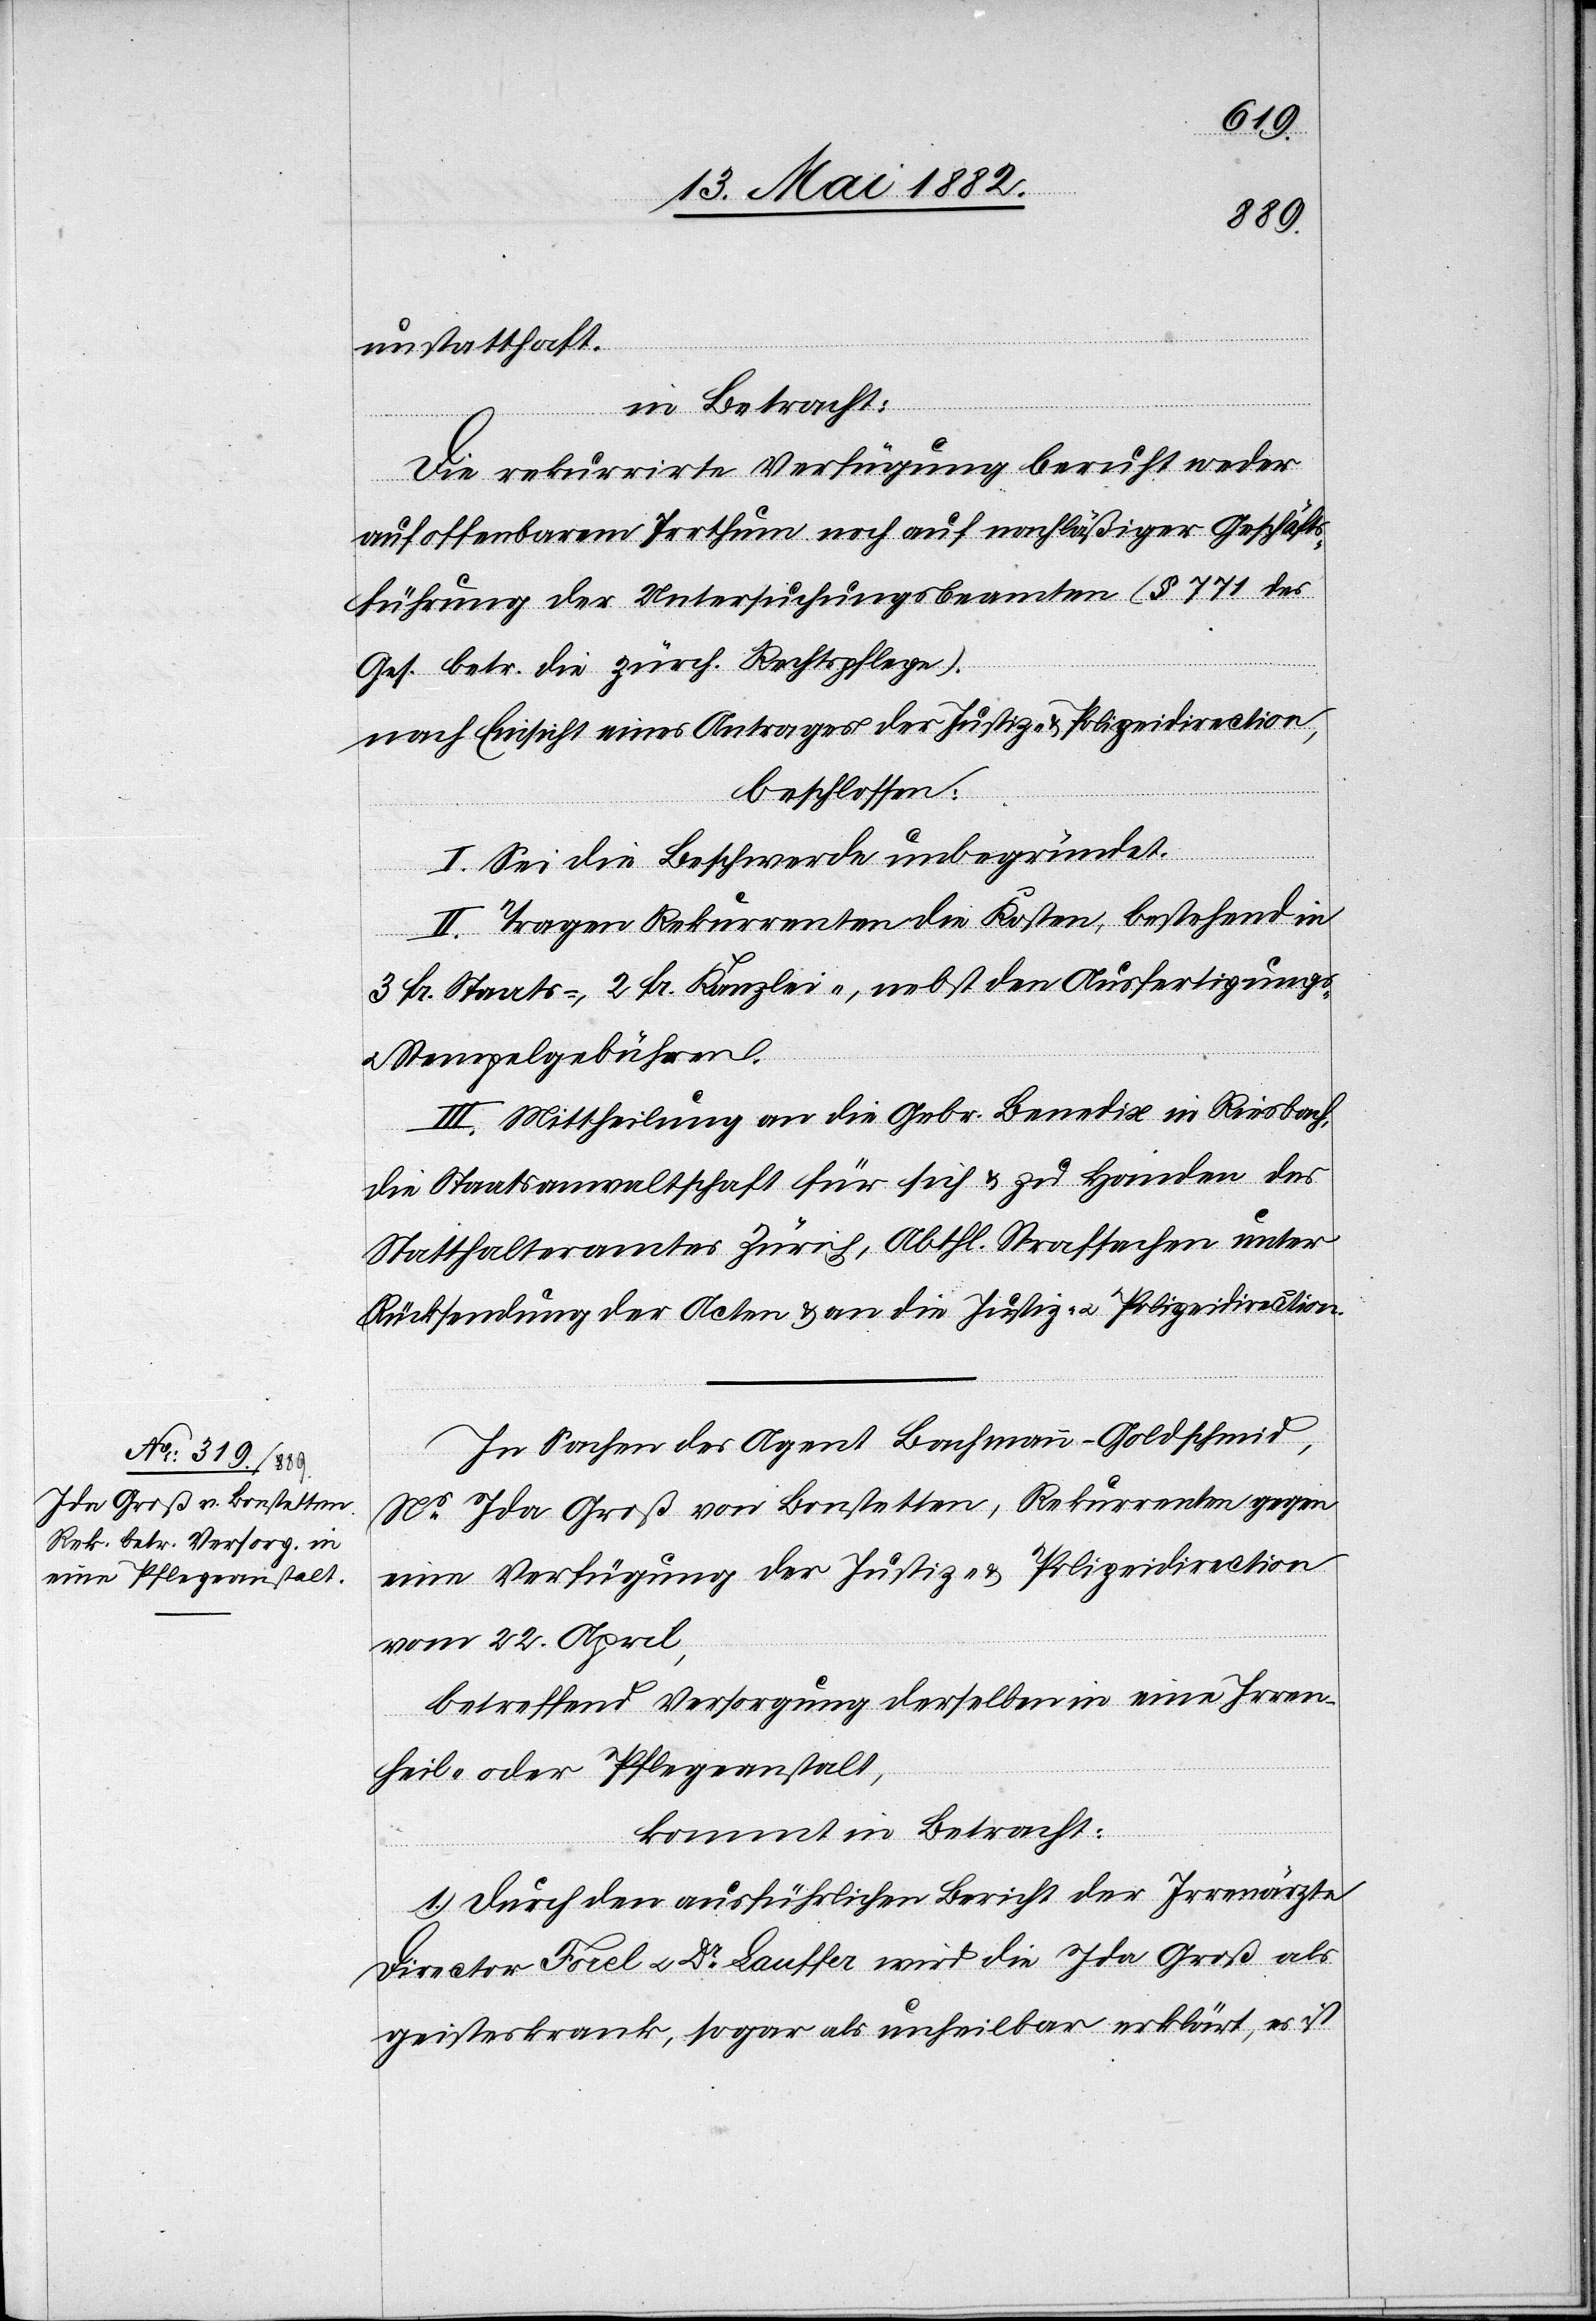
unstatthaft.
in Betracht:
Die rekurrirte Verfügung beruht weder
auf offenbarem Irrthum noch auf nachläßiger Geschäfts¬
führung der Untersuchungsbeamten (§ 771 des
Ges. betr. die zürch. Rechtspflege).
nach Einsicht eines Antrages der Justiz- & Polizeidirection,
beschlossen:
I. Sei die Beschwerde unbegründet.
II. Tragen Rekurrenten die Kosten, bestehend in
3 Fr. Staats-, 2 Fr. Kanzlei-, nebst den Ausfertigungs-
u. Stempelgebühren.
III. Mittheilung an die Gebr. Benedix in Riesbach,
die Staatsanwaltschaft für sich & zu Handen des
Statthalteramtes Zürich, Abthl. Strafsachen unter
Rücksendung der Acten & an die Justiz- u. Polizeidirection.
In Sachen des Agent Bachmann-Goldschmid,
Ns Ida Groß von Bonstetten, Rekurrenten gegen
eine Verfügung der Justiz- & Polizeidirection
vom 22. April,
betreffend Versorgung derselben in eine Irren¬
heil- oder Pflegeanstalt,
kommt in Betracht:
1. Durch den ausführlichen Bericht der Irrenärzte
Director Forel u. Dr Lauffer wird die Ida Groß als
geisteskrank, sogar als unheilbar erklärt, es ist